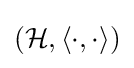
({\mathcal {H}},\langle \cdot ,\cdot \rangle )